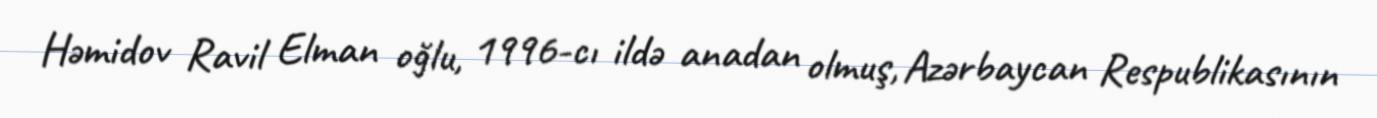
Həmidov Ravil Elman oğlu, 1996-cı ildə anadan olmuş, Azərbaycan Respublikasının